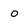
Character: 0